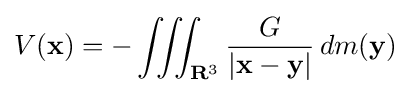
V(\mathbf {x} )=-\iiint _{\mathbf {R} ^{3}}{\frac {G}{|\mathbf {x} -\mathbf {y} |}}\,dm(\mathbf {y} )